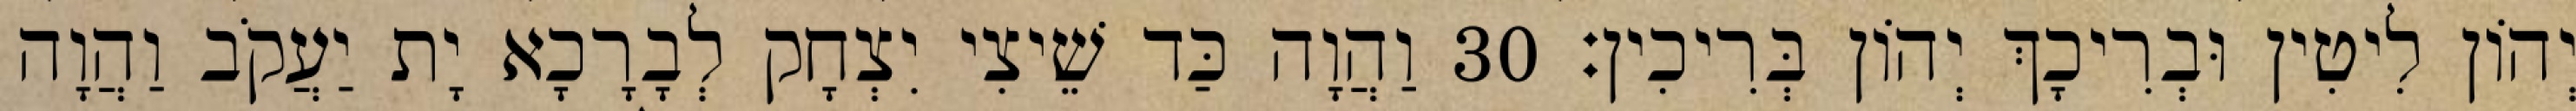
יְהוֹן לִיטִין וּבְרִיכָךְ יְהוֹן בְּרִיכִין׃ 30 וַהֲוָה כַּד שֵׁיצִי יִצְחָק לְבָרָכָא יָת יַעֲקֹב וַהֲוָה